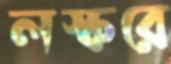
লস্করে